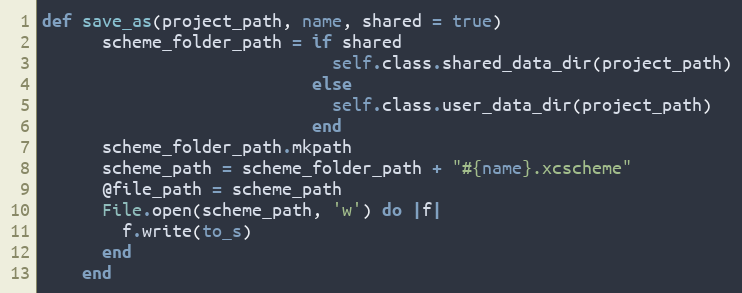
Language: Ruby
def save_as(project_path, name, shared = true)
      scheme_folder_path = if shared
                             self.class.shared_data_dir(project_path)
                           else
                             self.class.user_data_dir(project_path)
                           end
      scheme_folder_path.mkpath
      scheme_path = scheme_folder_path + "#{name}.xcscheme"
      @file_path = scheme_path
      File.open(scheme_path, 'w') do |f|
        f.write(to_s)
      end
    end